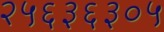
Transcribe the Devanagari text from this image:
२५६३६३०५